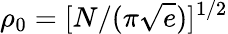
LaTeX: \rho_{0}=[N/(\pi{\sqrt e})]^{1/2}